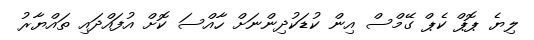
ލިޔެ ޕޮޕް ކެޕް ގޭމްސް އިން ކުޑަކުދިންނަށް ހާއްސަ ކޮށް އުފައްދައި ތައްޔާރު